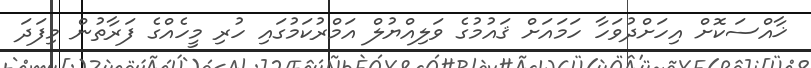
ޚާއްސަކޮށް އިހަށްދުވަހާ ހަމައަށް ޤައުމުގެ ވަލިއްޔުލް އަމްރުކަމުގައި ހުރި މީހެއްގެ ފަރާތުން މިފަދަ